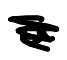
Text: a
Cross-out: scratch
Writing tool: digital_black